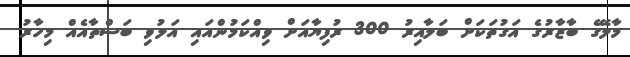
މާލޭގެ ބާޒާރުގެ އަގުތަކަށް ބަލާއިރު 300 ރުފިޔާއަށް ވިއްކަމުންއައި އަލުވި ބަސްތާއެއް މިހާރު